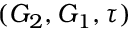
( G _ { 2 } , G _ { 1 } , \tau )